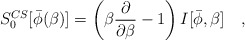
\begin{align*}S_0^{CS}[\bar{\phi}(\beta)]=\left(\beta {\partial \over \partial\beta}-1\right)I[\bar{\phi},\beta]~~~,\end{align*}